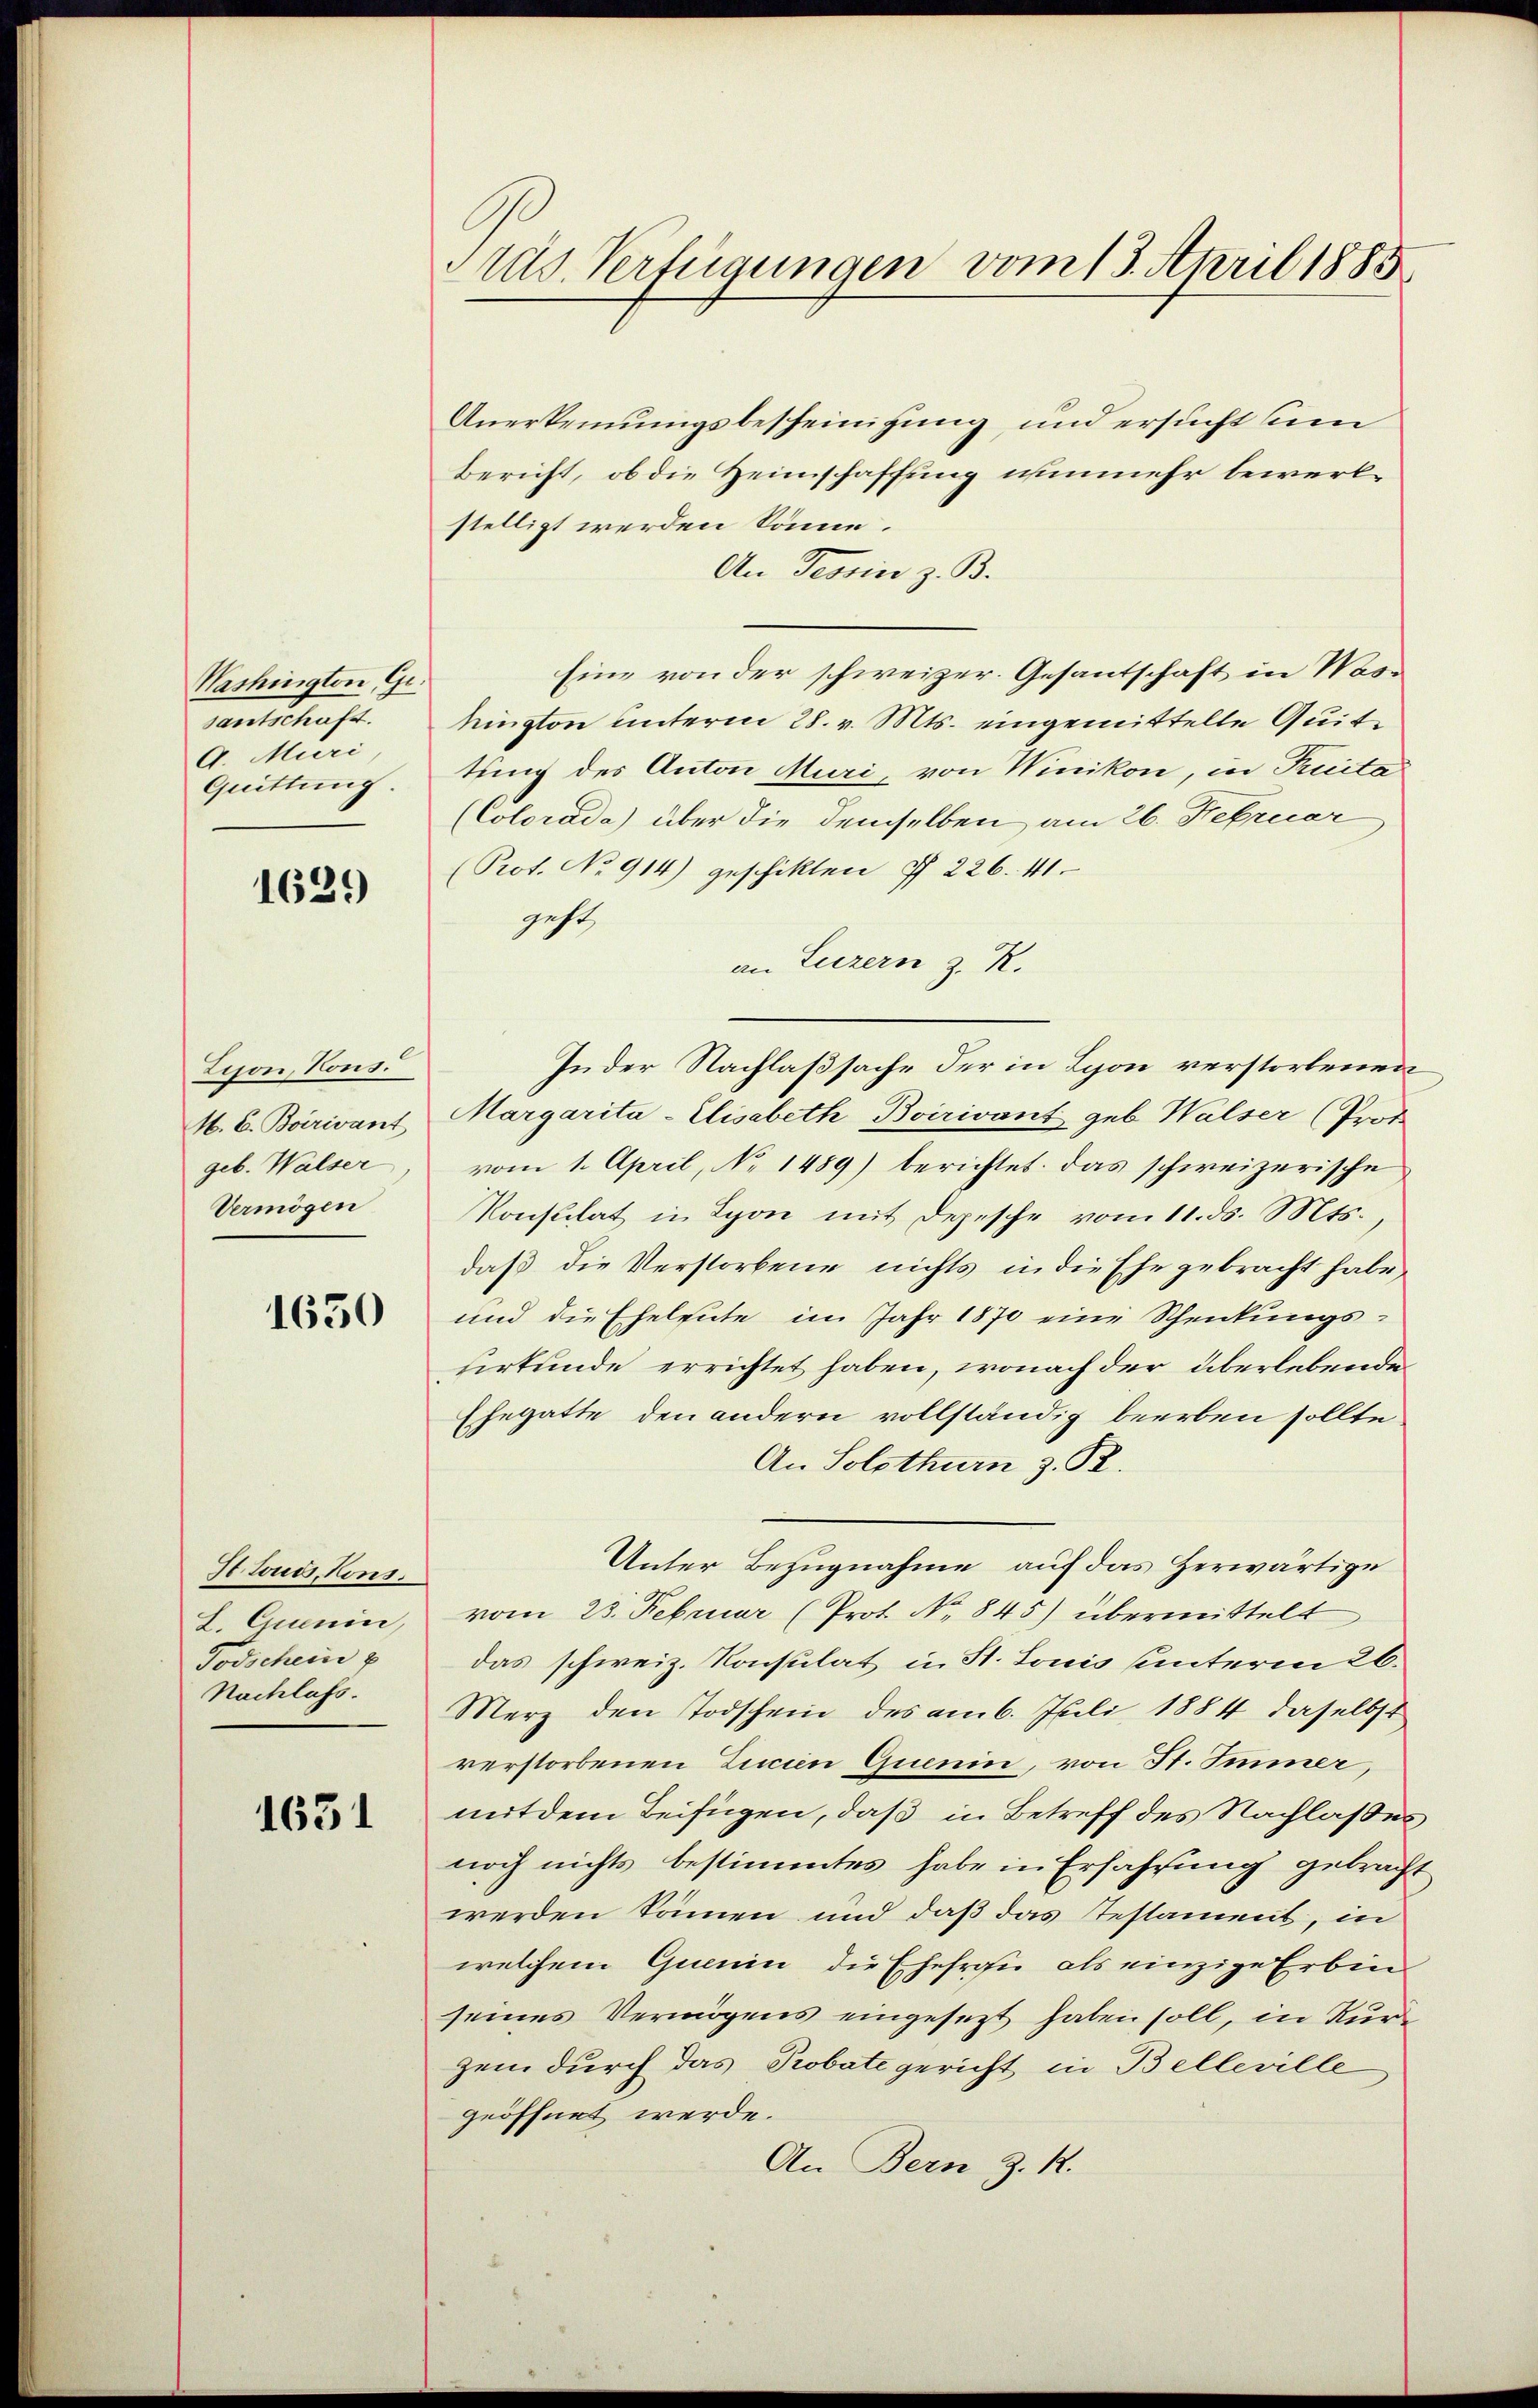
Washington Gr.
vantschaft.
A. Muri
Quittung.

1629

Zison, Kons.
M. C. Boirivant
geb. Walser
Vermögen

1630

St touds Kons.
L. Quenin,
Todschein p
Nachlass.

1631

Arad. Verfügungen vom 13. April 1885

Anerkennungsbescheinigung, und ersucht un
Bericht, ob die Heimschaffung nunmehr bewerkstelligt werden könne.
An Tessin z. B.
Eine von der schweizer. Gesantschaft in Mokington unterm 28. v. Mts. eingemittelte Quit
tung des Anton Muri, von Winikon, in Puita
(Colorada) über die demselben am 26. Februar
(Prot. No 914) geschikten § 226. 441.
geht,
an Luzern z. R.
In der Nachlaßsache der in Lyon verstorbenen
Margarita-Elisabeth Boirivant geb Walser (Prot
vom 1. April, No 1489) berichtet: das schweizerische
Konsulat in Lyon mit Depesche vom 11. ds. Mts.,
daß die Verstorbene nichts in die Ehe gebracht habe,
und die Eheleute im Jahr 1870 eine Schenkungsurkunde errichtet haben, wonach der überlebende
Ehegatte den andern vollständig beerben sollte
An Solothurn z. B.
Unter Bezugnahme auf das Herwärtige
vom 25. Februar (Prot. No. 845) übermittelt
das schweiz. Konsulat i. St. Louis unterm 26.
Merz den Todschein des am 6. Juli 1884 daselbst
verstorbenen Linien Quenin, von St. Sinner,
mit dem Beifügen, daß in Betreff des Nachlaßes
noch nichts bestimmtes habe in Erfahrung gebracht
werden können und daß das Testament, in
welchem Quain die Ehefrau als einzige Erbinseines Vermögens eingesezt haben soll, in Kurzem durch das Probate gericht in Belleville
geöffnet werde.
An Bern z. R.